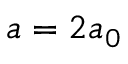
a = 2 a _ { 0 }